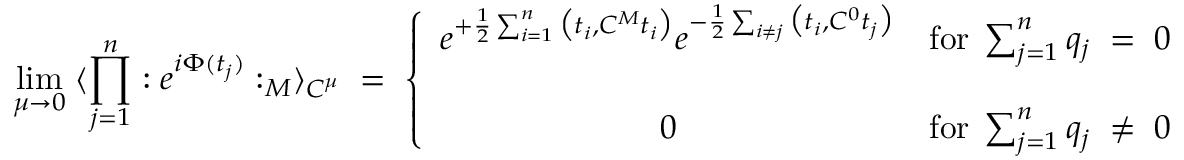
\operatorname * { l i m } _ { \mu \rightarrow 0 } \; \langle \prod _ { j = 1 } ^ { n } : e ^ { i \Phi ( t _ { j } ) } : _ { M } \rangle _ { C ^ { \mu } } \; = \; \left\{ \begin{array} { c c } { { e ^ { + \frac { 1 } { 2 } \sum _ { i = 1 } ^ { n } \big ( t _ { i } , C ^ { M } t _ { i } \big ) } e ^ { - \frac { 1 } { 2 } \sum _ { i \neq j } \big ( t _ { i } , C ^ { 0 } t _ { j } \big ) } } } & { { \mathrm { f o r } \; \sum _ { j = 1 } ^ { n } q _ { j } \; = \; 0 } } \\ { { \; } } & { { \; } } \\ { { 0 } } & { { \mathrm { f o r } \; \sum _ { j = 1 } ^ { n } q _ { j } \; \neq \; 0 } } \end{array} \right. \; ,